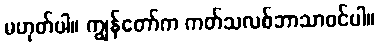
မဟုတ်ပါ။ ကျွန်တော်က ကတ်သလစ်ဘာသာဝင်ပါ။